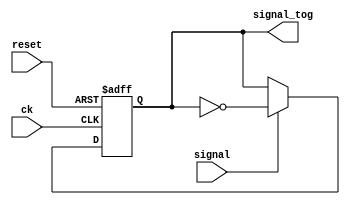
`timescale 1ns/1ps

module toggle(
    input ck, reset,
    input signal,
    output reg signal_tog
    );

    reg signal_tog_next;

    always @(posedge ck, posedge reset) begin
        if (reset) signal_tog <= 0;
        else signal_tog <= signal_tog_next;
    end

    always @(signal_tog, signal) begin
        if (signal) signal_tog_next = ~signal_tog;
        else signal_tog_next = signal_tog;
    end

endmodule